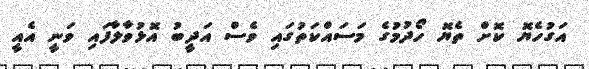
އަގުހެޔޮ ކޮށް ތެޔޮ ހޯދުމުގެ މަސައްކަތުގައި ވެސް އަދީބު އޮޅުވާލާފައި ވަނީ އެއީ